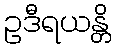
ဥဒီရယန္တိ